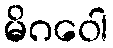
မိဂဝေါ